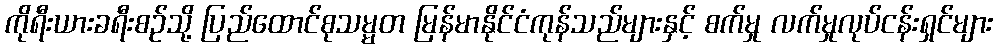
ကိုရီးယားခရီးစဉ်သို့ ပြည်ထောင်စုသမ္မတ မြန်မာနိုင်ငံကုန်သည်များနှင့် စက်မှု လက်မှုလုပ်ငန်းရှင်များ